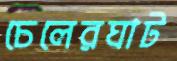
চেলেরঘাট